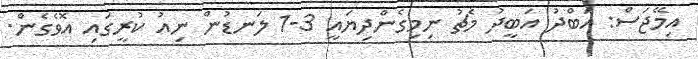
އިމޭޖަސް: އަބްދު އަބީދު މެޗު ނިމިގެންދިޔައީ 3-1 ލަނޑުން ނިއު ކުރީގައި އޮވެގެން.